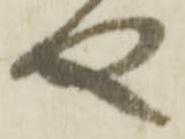
や